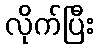
လိုက်ပြီး